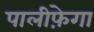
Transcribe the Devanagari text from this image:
पालीफ़ेगा